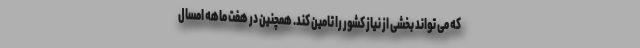
که می تواند بخشی از نیاز کشور را تامین کند. همچنین در هفت ماهه امسال